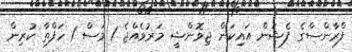
ފްރާންސްގެ ފެޝަން އައިކަން ޖިވޮންޝީ މަރުވެއްޖެ 1 މަސް 1 ހަފްތާ ކުރިން